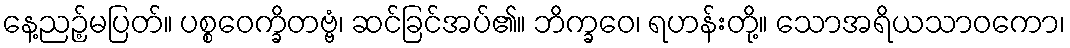
နေ့ညဉ့်မပြတ်။ ပစ္စဝေက္ခိတဗ္ဗံ၊ ဆင်ခြင်အပ်၏။ ဘိက္ခဝေ၊ ရဟန်းတို့။ သောအရိယသာဝကော၊